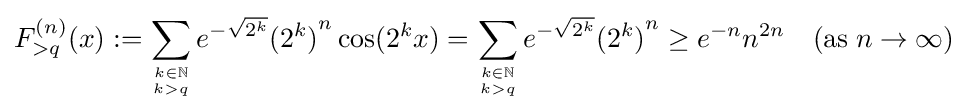
F_{>q}^{(n)}(x):=\sum _{k\in \mathbb {N}  \atop k>q}e^{-{\sqrt {2^{k}}}}{(2^{k})}^{n}\cos(2^{k}x)=\sum _{k\in \mathbb {N}  \atop k>q}e^{-{\sqrt {2^{k}}}}{(2^{k})}^{n}\geq e^{-n}n^{2n}\quad (\mathrm {as} \;n\to \infty )